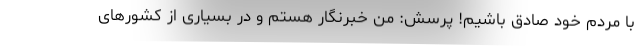
با مردم خود صادق باشیم! پرسش: من خبرنگار هستم و در بسیاری از کشورهای